Vaccination in Burma 1912-1922 - 1912-1922
Year: 1912
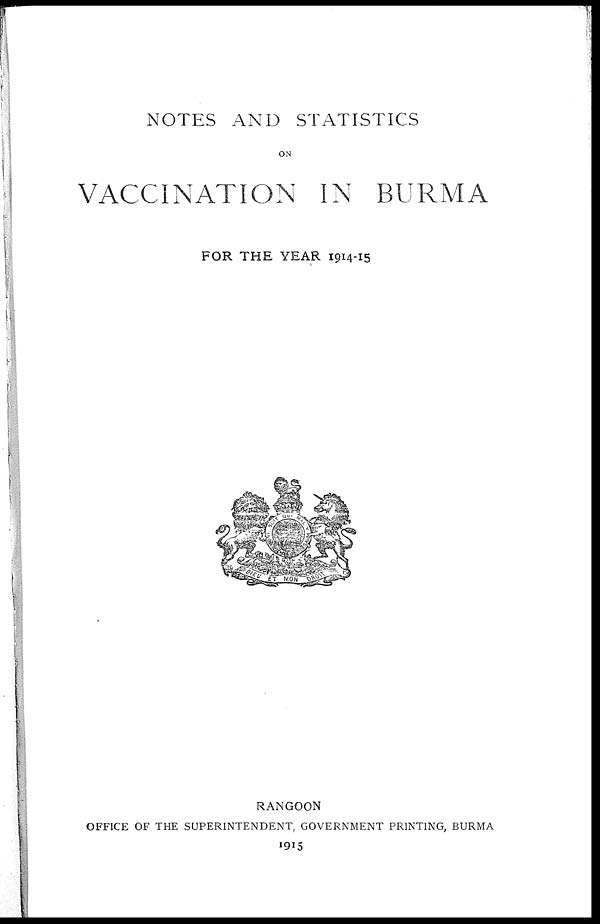
NOTES AND STATISTICS
ON
VACCINATION IN BURMA
FOR THE YEAR 1914-15
RANGOON
OFFICE OF THE SUPERINTENDENT, GOVERNMENT PRINTING, BURMA
1915